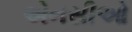
એનસીઓ